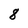
Character: 8